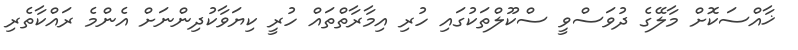
ޚާއްސަކޮށް މާލޭގެ ދުވަސްވީ ސްކޫލްތަކުގައި ހުރި އިމާރާތްތައް ހުރީ ކިޔަވާކުދިންނަށް އެންމެ ރައްކާތެރި